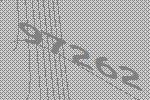
97262